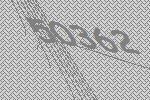
50362